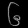
Digit: ၆